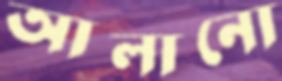
আলানো